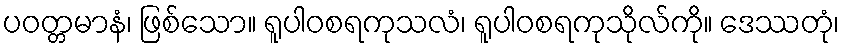
ပဝတ္တမာနံ၊ ဖြစ်သော။ ရူပါဝစရကုသလံ၊ ရူပါဝစရကုသိုလ်ကို။ ဒေဿတုံ၊